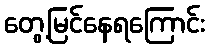
တွေ့မြင်နေရကြောင်း